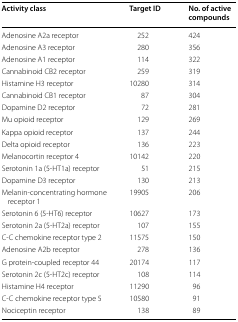
<table><thead><tr><td><b>Activity class</b></td><td><b>Target ID</b></td><td><b>No. of active compounds</b></td></tr></thead><tbody><tr><td>Adenosine A2a receptor</td><td>252</td><td>424</td></tr><tr><td>Adenosine A3 receptor</td><td>280</td><td>356</td></tr><tr><td>Adenosine A1 receptor</td><td>114</td><td>322</td></tr><tr><td>Cannabinoid CB2 receptor</td><td>259</td><td>319</td></tr><tr><td>Histamine H3 receptor</td><td>10280</td><td>314</td></tr><tr><td>Cannabinoid CB1 receptor</td><td>87</td><td>304</td></tr><tr><td>Dopamine D2 receptor</td><td>72</td><td>281</td></tr><tr><td>Mu opioid receptor</td><td>129</td><td>269</td></tr><tr><td>Kappa opioid receptor</td><td>137</td><td>244</td></tr><tr><td>Delta opioid receptor</td><td>136</td><td>223</td></tr><tr><td>Melanocortin receptor 4</td><td>10142</td><td>220</td></tr><tr><td>Serotonin 1a (5-HT1a) receptor</td><td>51</td><td>215</td></tr><tr><td>Dopamine D3 receptor</td><td>130</td><td>213</td></tr><tr><td>Melanin-concentrating hormone receptor 1</td><td>19905</td><td>206</td></tr><tr><td>Serotonin 6 (5-HT6) receptor</td><td>10627</td><td>173</td></tr><tr><td>Serotonin 2a (5-HT2a) receptor</td><td>107</td><td>155</td></tr><tr><td>C-C chemokine receptor type 2</td><td>11575</td><td>150</td></tr><tr><td>Adenosine A2b receptor</td><td>278</td><td>136</td></tr><tr><td>G protein-coupled receptor 44</td><td>20174</td><td>117</td></tr><tr><td>Serotonin 2c (5-HT2c) receptor</td><td>108</td><td>114</td></tr><tr><td>Histamine H4 receptor</td><td>11290</td><td>96</td></tr><tr><td>C-C chemokine receptor type 5</td><td>10580</td><td>91</td></tr><tr><td>Nociceptin receptor</td><td>138</td><td>89</td></tr></tbody></table>